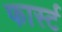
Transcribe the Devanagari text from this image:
फार्स्ट